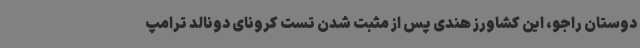
دوستان راجو، این کشاورز هندی پس از مثبت شدن تست کرونای دونالد ترامپ